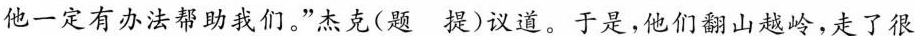
他一定有办法帮助我们。”杰克(题 提)议道。于是，他们翻山越岭，走了很